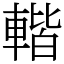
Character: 䡡